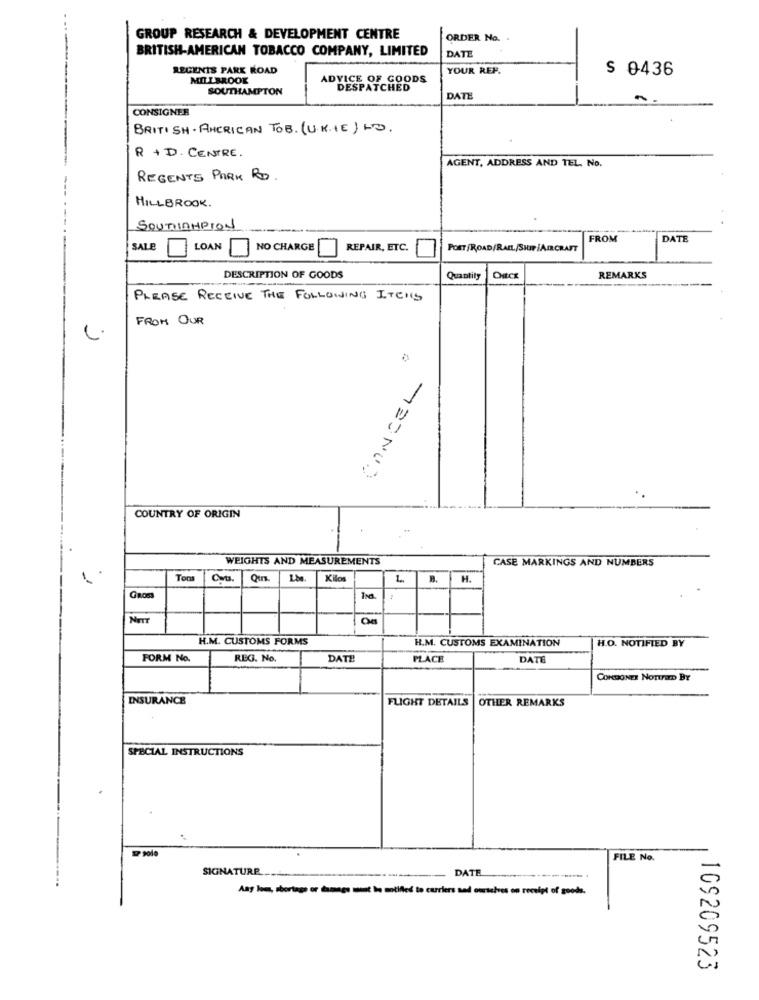
GROUP RESEARCH & DEVELOPMENT CENTRE
ORDER No. .
BRITISH-AMERICAN TOBACCO COMPANY, LIMITED
DATE
REGENTS PARK ROAD
YOUR REF.
S 0436
MILLBROOK
ADVICE OF GOODS
SOUTHAMPTON
DESPATCHED
DATE
CONSIGNER
BRITISH. AMERICAN TOB. (U. K.IE) LO.
R + D. CENTRE.
AGENT, ADDRESS AND TEL. No.
REGENTS PARK RD.
HILLBROOK.
SOUTHLAMPION
FROM
DATE
SALE
LOAN
NO CHARGE
REPAIR, ETC.
POST /ROAD/RAIL./SHIP |AIRCRAFT
DESCRIPTION OF GOODS
Quantity
REMARKS
PLEASE RECEIVE THE FOLLOWING ITEMS
FROM OUR
COUNTRY OF ORIGIN
WEIGHTS AND MEASUREMENTS
CASE MARKINGS AND NUMBERS
1.
Tom
Kilos
L ..
B.
H.
GROS
NETT
H.M. CUSTOMS FORMS
H.M. CUSTOMS EXAMINATION
H.O. NOTIFIED BY
FORM No.
REG. No.
DATE
PLACE
DATE
CORDONES NoTIFEm BY
INSURANCE
FLIGHT DETAILS
OTHER REMARKS
SPECIAL INSTRUCTIONS
FILE No.
SIGNATURE
DATE
Ang lous, shortage or damage must be motifled to carriers and ourselves on receipt of goods.
109209523